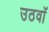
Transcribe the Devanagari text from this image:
उठवाँ